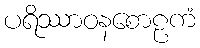
ပရိဿာဝနစောဠကံ